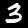
Label: 3